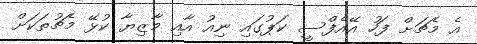
އެ މެޗަށް ފަހު އޭއެފްސީ ކަޕުގައި ނިއު އާއި މާޒިޔާ ކުޅޭ މެޗުތަކަށް